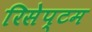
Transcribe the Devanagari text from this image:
रिसेप्टम